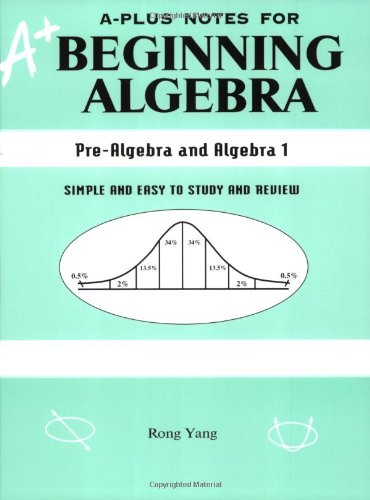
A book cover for A-Plus Notes for Beginning Algebra: Pre-Algebra and Algebra 1; Rong Yang; Science & Math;